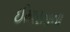
ઈમારતાના